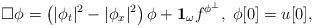
LaTeX: \begin{gather*} \Box \phi= \left(|\phi_{t}|^2- |\phi_{ x}|^2\right) \phi+ \mathbf{1}_{\omega} f^{\phi^{\perp}}, \; \phi[0]= u[0],\end{gather*}